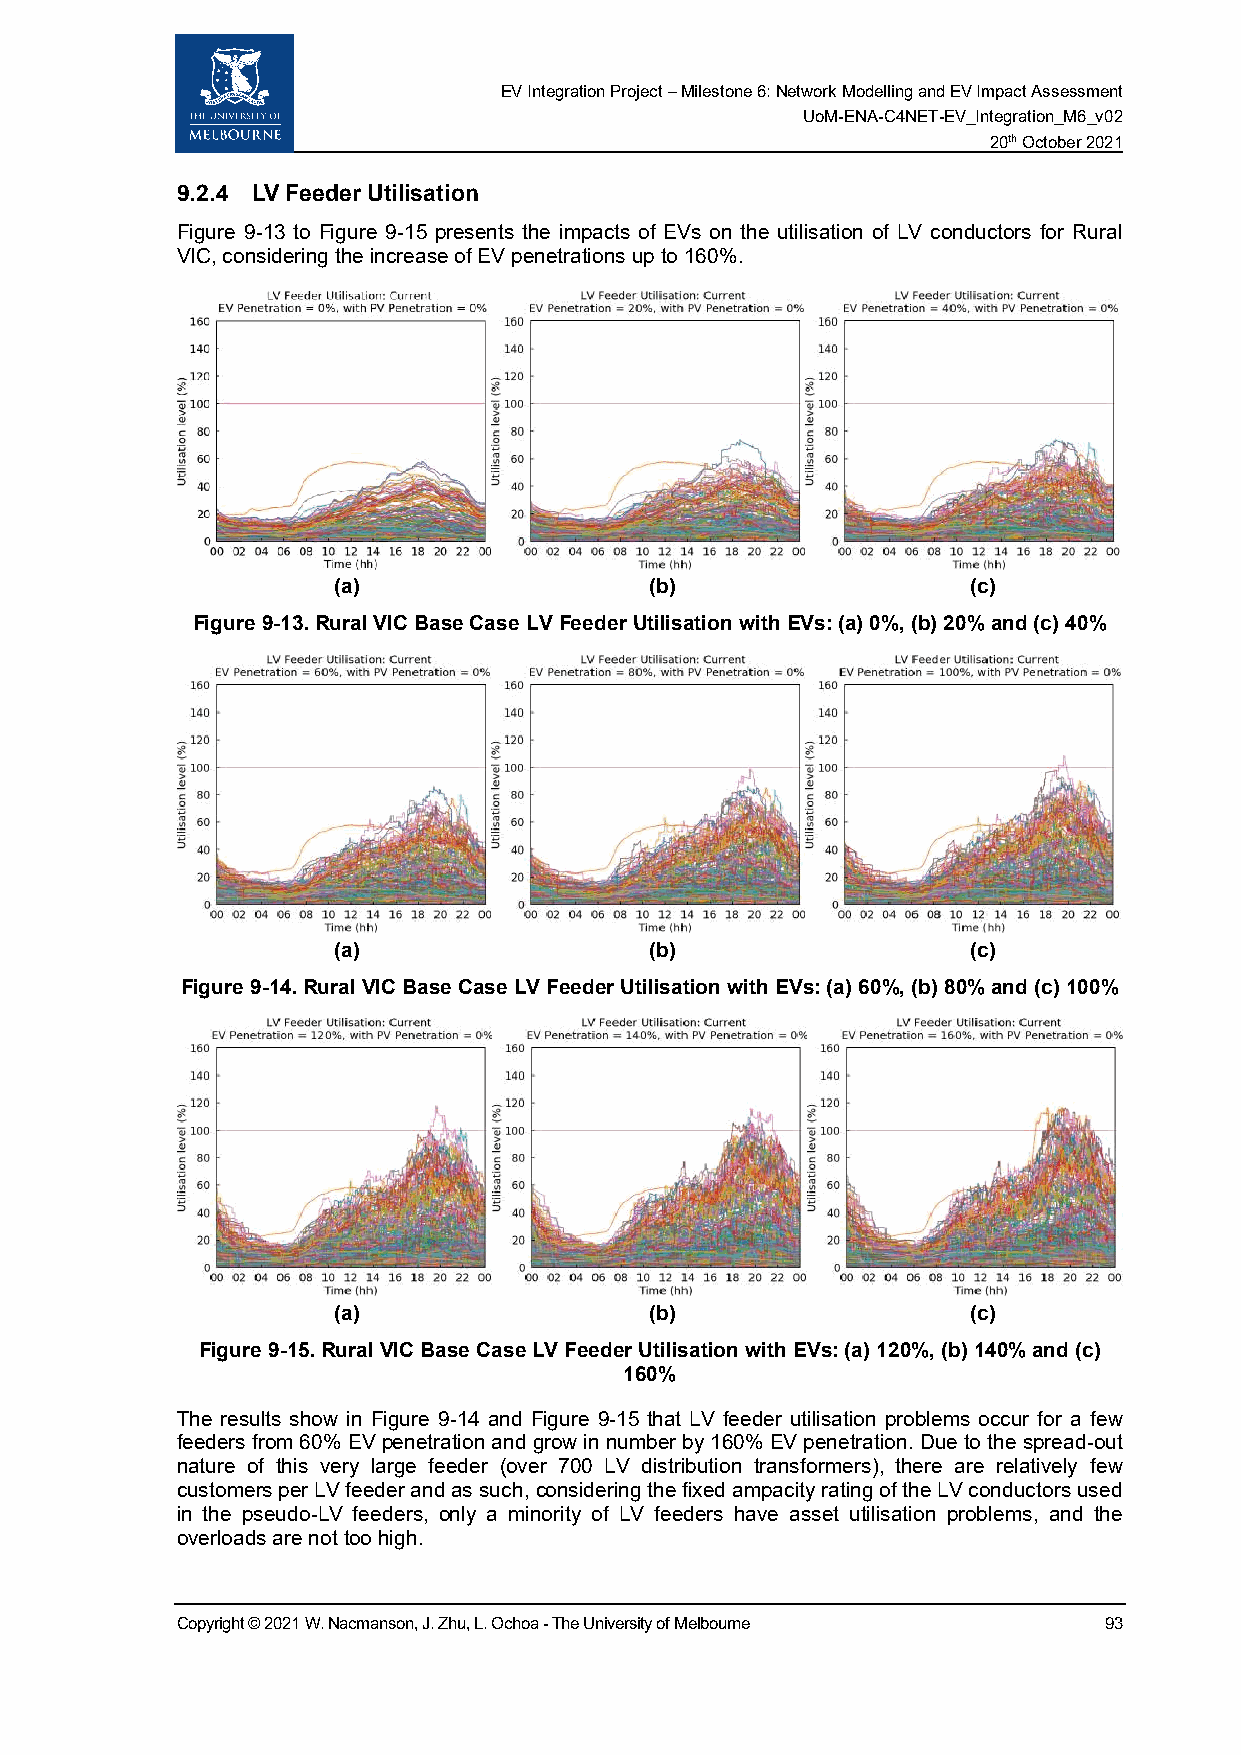
EV Integration Project – Milestone 6: Network Modelling and EV Impact Assessment
 UoM-ENA-C4NET-EV_Integration_M6_v02
 20th October 2021
 9.2.4 LV Feeder Utilisation
 Figure 9-13 to Figure 9-15 presents the impacts of EVs on the utilisation of LV conductors for Rural
 VIC, considering the increase of EV penetrations up to 160%.
 (a)                  (b)                  (c)
 Figure 9-13. Rural VIC Base Case LV Feeder Utilisation with EVs: (a) 0%, (b) 20% and (c) 40%
 (a)                  (b)                  (c)
 Figure 9-14. Rural VIC Base Case LV Feeder Utilisation with EVs: (a) 60%, (b) 80% and (c) 100%
 (a)                  (b)                  (c)
 Figure 9-15. Rural VIC Base Case LV Feeder Utilisation with EVs: (a) 120%, (b) 140% and (c)
 160%
 The results show in Figure 9-14 and Figure 9-15 that LV feeder utilisation problems occur for a few
 feeders from 60% EV penetration and grow in number by 160% EV penetration. Due to the spread-out
 nature of this very large feeder (over 700 LV distribution transformers), there are relatively few
 customers per LV feeder and as such, considering the fixed ampacity rating of the LV conductors used
 in the pseudo-LV feeders, only a minority of LV feeders have asset utilisation problems, and the
 overloads are not too high.
 Copyright © 2021 W. Nacmanson, J. Zhu, L. Ochoa - The University of Melbourne 93